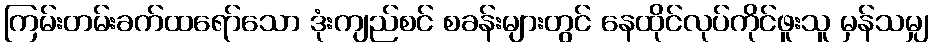
ကြမ်းတမ်းခက်ထရော်သော ဒုံးကျည်စင် စခန်းများတွင် နေထိုင်လုပ်ကိုင်ဖူးသူ မှန်သမျှ